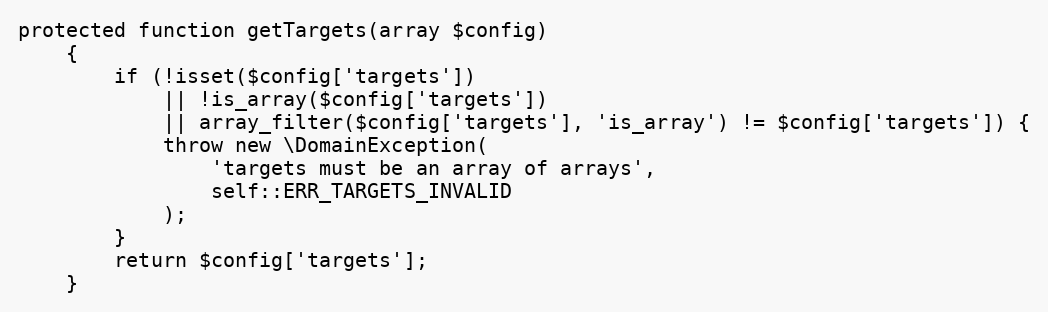
Language: PHP
protected function getTargets(array $config)
    {
        if (!isset($config['targets'])
            || !is_array($config['targets'])
            || array_filter($config['targets'], 'is_array') != $config['targets']) {
            throw new \DomainException(
                'targets must be an array of arrays',
                self::ERR_TARGETS_INVALID
            );
        }
        return $config['targets'];
    }